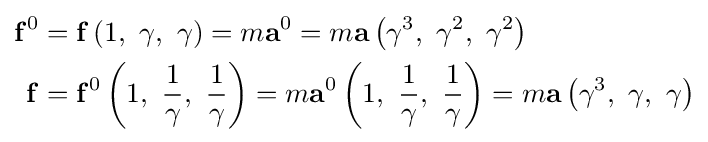
{\begin{aligned}\mathbf {f} ^{0}&=\mathbf {f} \left(1,\ \gamma ,\ \gamma \right)=m\mathbf {a} ^{0}=m\mathbf {a} \left(\gamma ^{3},\ \gamma ^{2},\ \gamma ^{2}\right)\\\mathbf {f} &=\mathbf {f} ^{0}\left(1,\ {\frac {1}{\gamma }},\ {\frac {1}{\gamma }}\right)=m\mathbf {a} ^{0}\left(1,\ {\frac {1}{\gamma }},\ {\frac {1}{\gamma }}\right)=m\mathbf {a} \left(\gamma ^{3},\ \gamma ,\ \gamma \right)\end{aligned}}